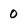
Character: 0